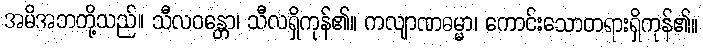
အမိအဘတို့သည်။ သီလဝန္တော၊ သီလရှိကုန်၏။ ကလျာဏဓမ္မာ၊ ကောင်းသောတရားရှိကုန်၏။